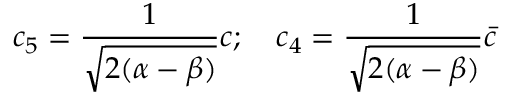
c _ { 5 } = \frac { 1 } { \sqrt { 2 ( \alpha - \beta ) } } c ; \ \ \ c _ { 4 } = \frac { 1 } { \sqrt { 2 ( \alpha - \beta ) } } \bar { c }